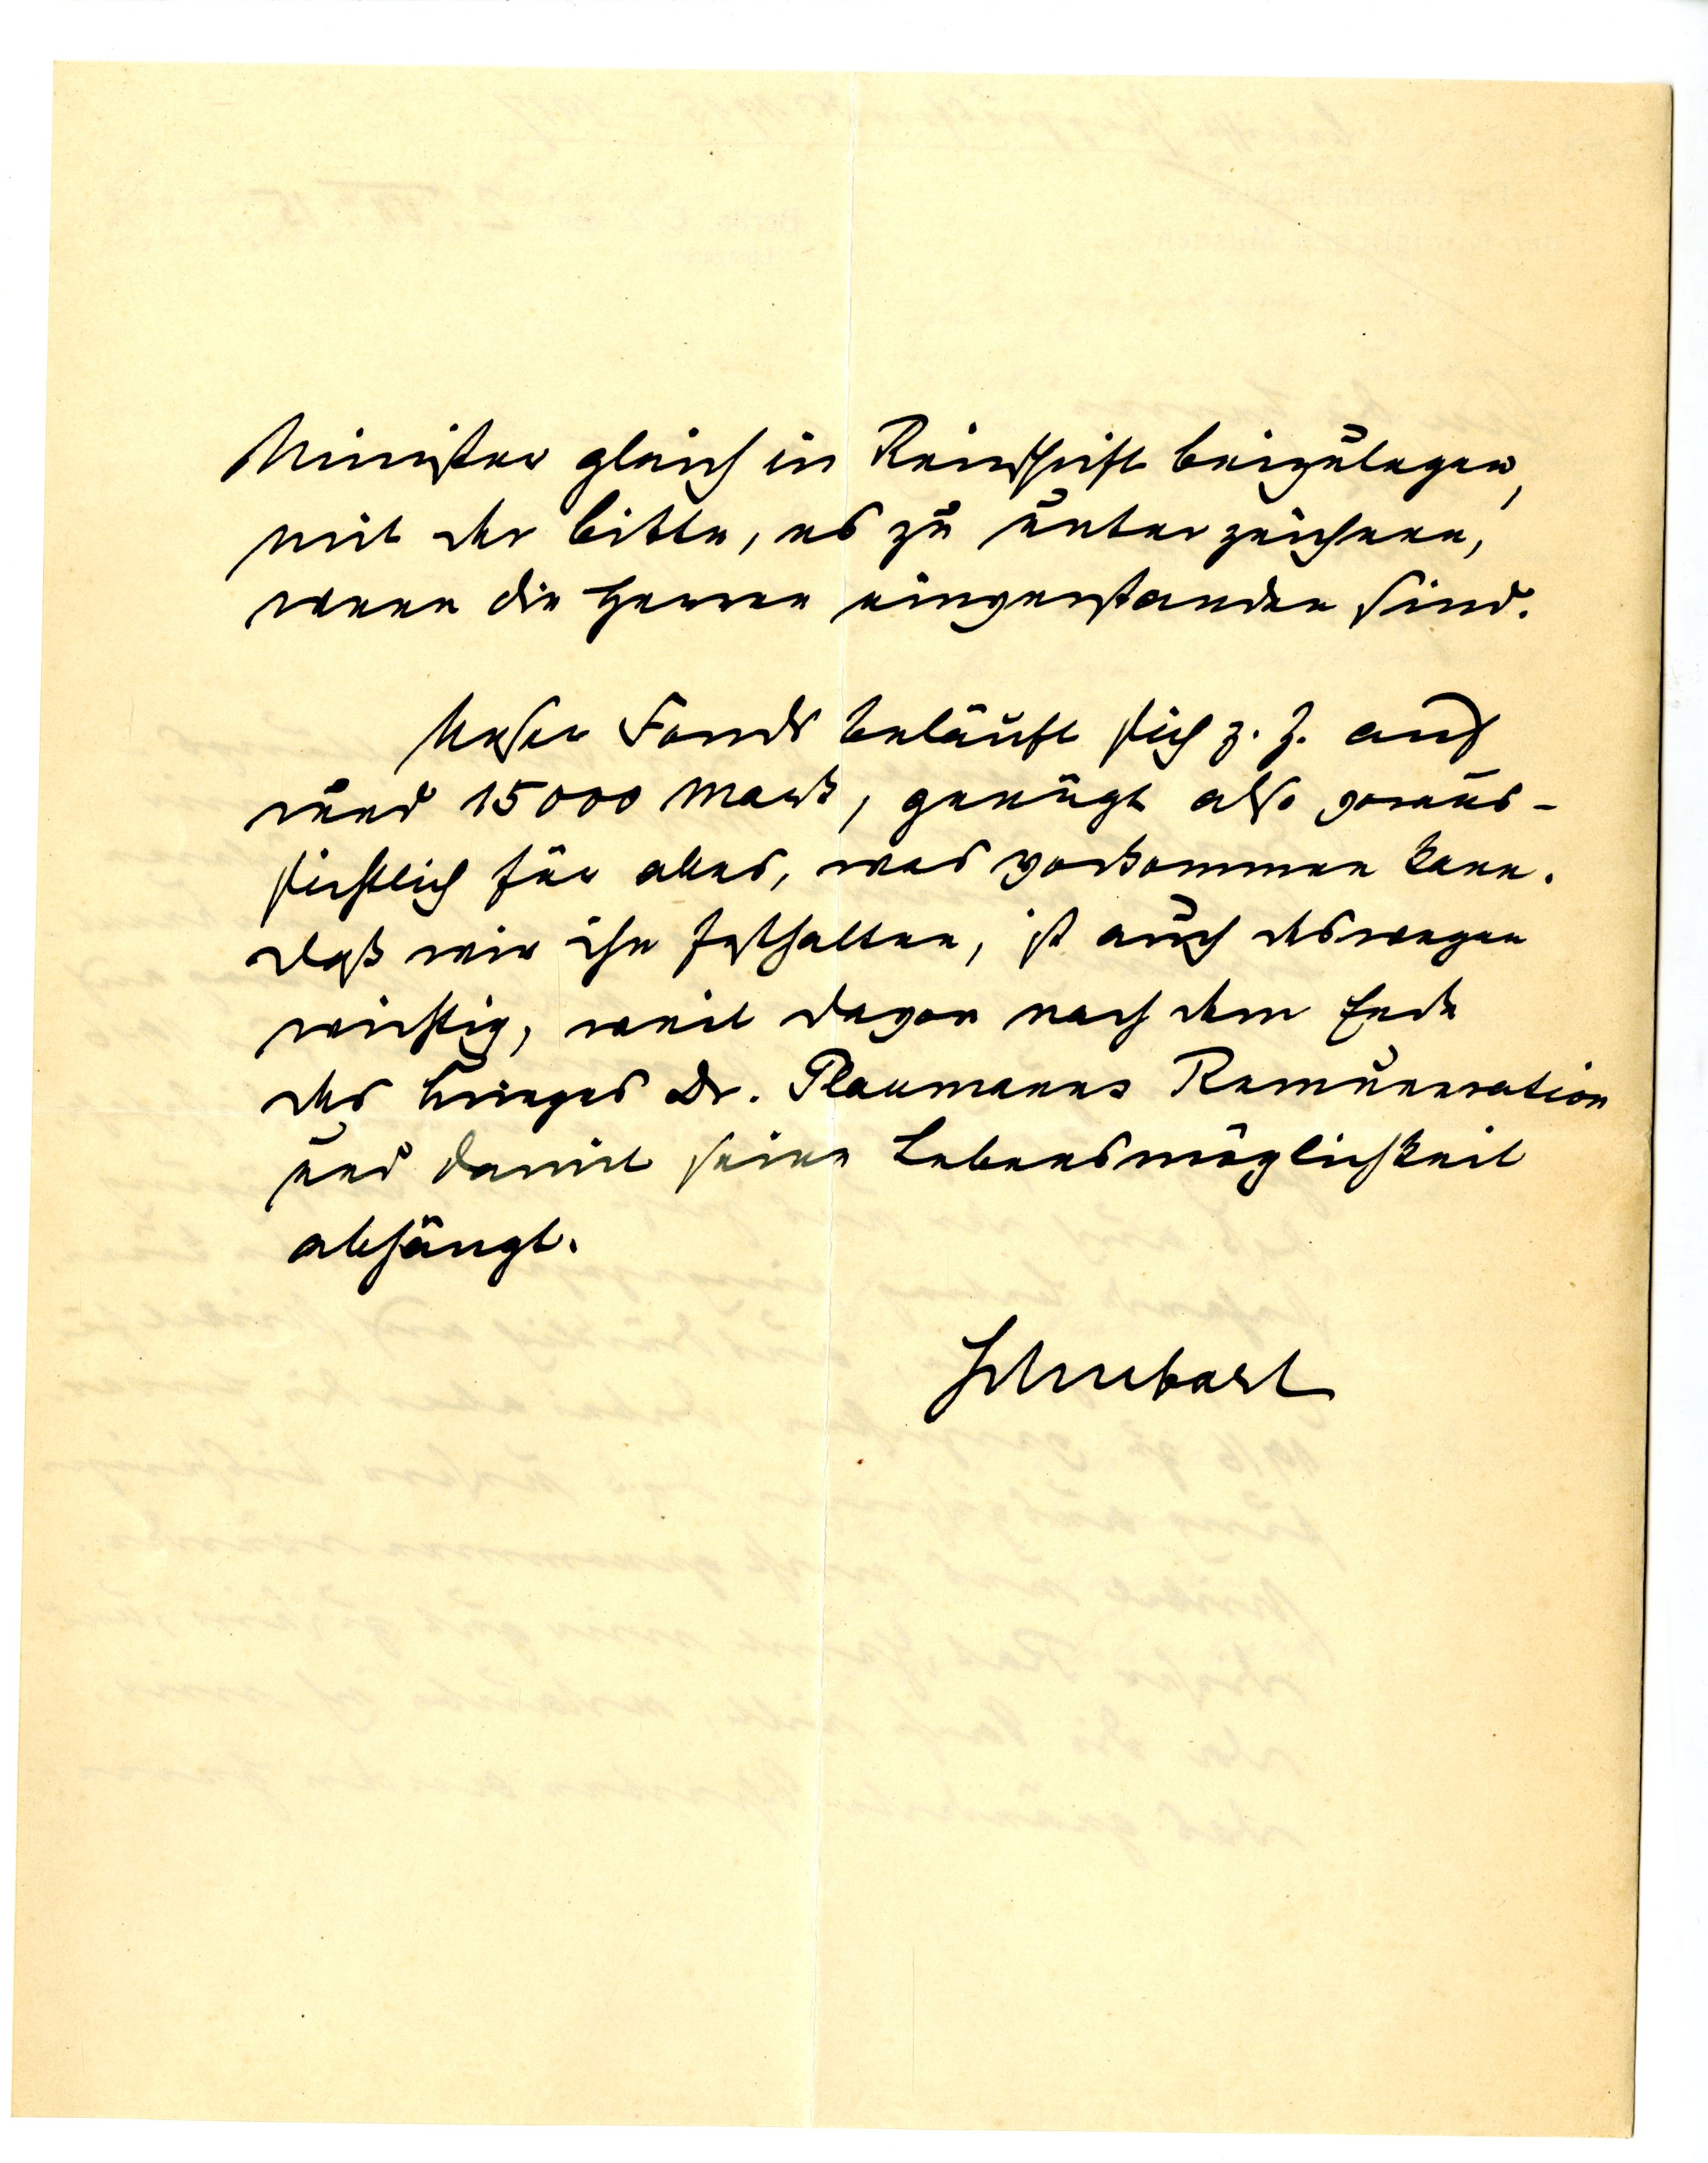
Minister gleich in Reinschrift beizulegen,
mit der Bitte, es zu unterzeichnen,
wenn die Herren einverstanden sind.
Unser Fonds beläuft sich z.Z. auf
rund 15000 Mark, genügt also voraus¬
sichtlich für alles, was vorkommen kann.
Daß wir ihn festhalten, ist auch deswegen
wichtig, weil davon nach dem Ende
des Krieges Dr. Plaumanns Remuneration
und damit seine Lebensmöglichkeit
abhängt.
Schubart